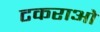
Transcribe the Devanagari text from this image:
टकराओ